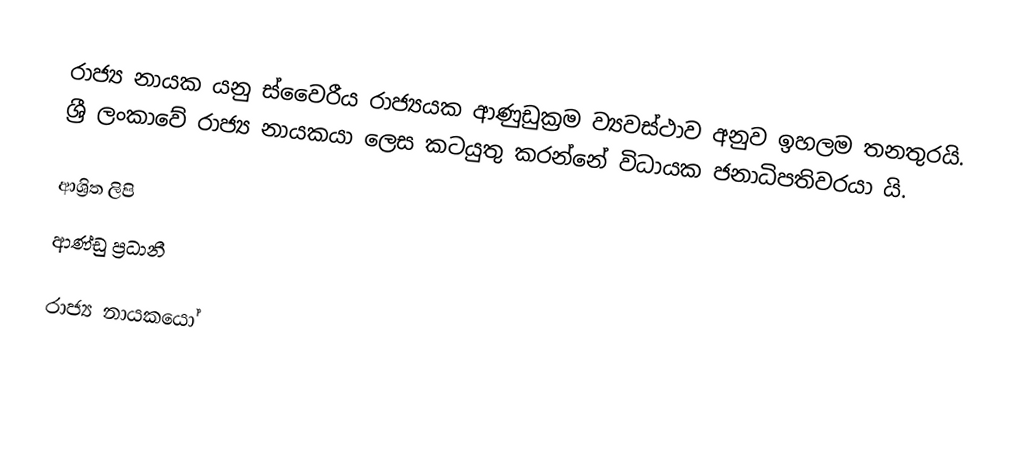
රාජ්‍ය නායක යනු ස්වෛරීය රාජ්‍යයක ආණුඩුක්‍රම ව්‍යවස්ථාව අනුව ඉහලම තනතුරයි. ශ්‍රී ලංකාවේ රාජ්‍ය නායකයා ලෙස කටයුතු කරන්නේ විධායක ජනාධිපතිවරයා යි.

ආශ්‍රිත ලිපි
 ආණ්ඩු ප්‍රධානී

රාජ්‍ය නායකයෝ